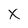
Character: x